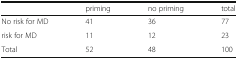
<table><thead><tr><td>[EMPTY_CELL]</td><td><b>priming</b></td><td><b>no priming</b></td><td><b>total</b></td></tr></thead><tbody><tr><td>No risk for MD</td><td>41</td><td>36</td><td>77</td></tr><tr><td>risk for MD</td><td>11</td><td>12</td><td>23</td></tr><tr><td>Total</td><td>52</td><td>48</td><td>100</td></tr></tbody></table>